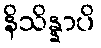
နိသိန္နာပိ